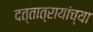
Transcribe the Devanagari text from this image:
दत्तात्रायांच्या